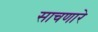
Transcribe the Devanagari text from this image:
साचणारे